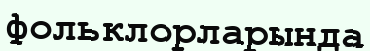
фольклорларында